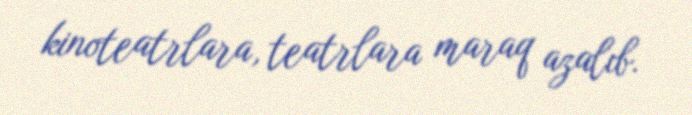
kinoteatrlara, teatrlara maraq azalıb.